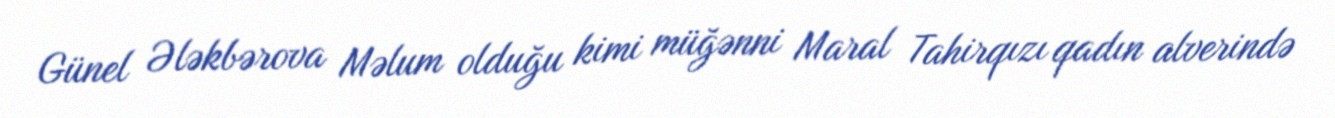
Günel Ələkbərova Məlum olduğu kimi müğənni Maral Tahirqızı qadın alverində